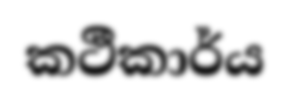
කථීකාර්ය